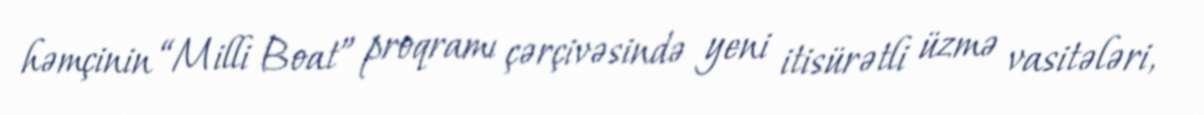
həmçinin “Milli Boat” proqramı çərçivəsində yeni itisürətli üzmə vasitələri,